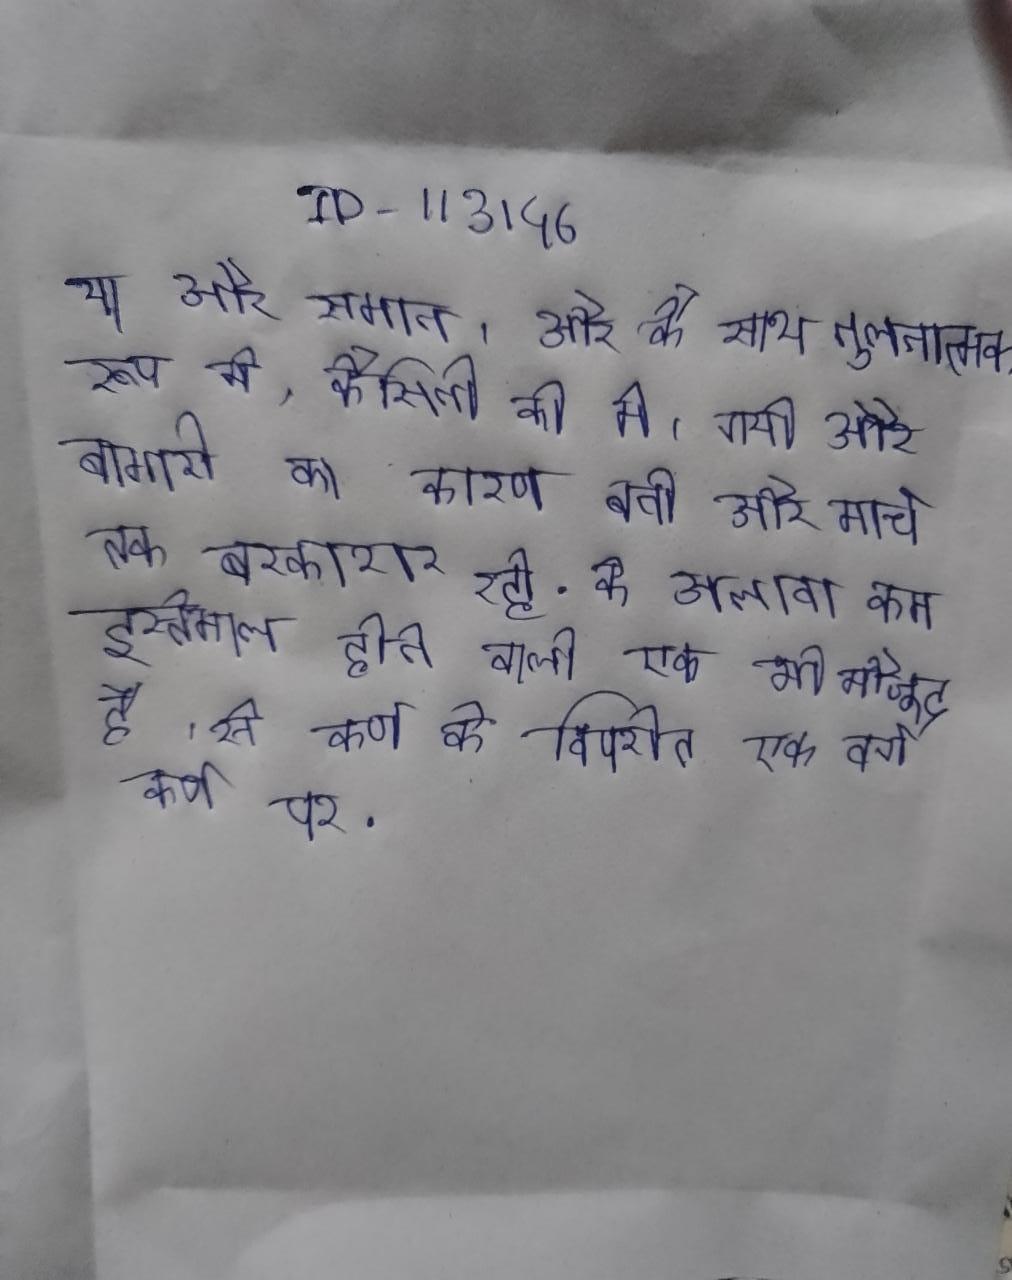
या और समान । और के साथ तुलनात्मक रूप मे, कैसिनी की मे । गयी और बीमारी का कारण बनी और मार्च तक बरकरार रही . के अलावा कम इस्तेमाल होने वाली एक भी मौजूद है । से कर्ण के विपरीत एक वर्ग कर्ण पर .